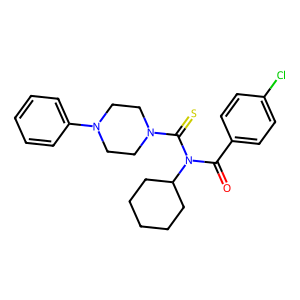
SMILES: O=C(c1ccc(Cl)cc1)N(C(=S)N1CCN(c2ccccc2)CC1)C1CCCCC1
Inhibits HIV replication: No